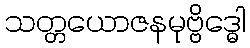
သတ္တယောဇနမုဗ္ဗိဒ္ဓေါ